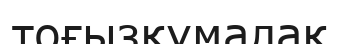
тоғызқұмалақ